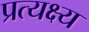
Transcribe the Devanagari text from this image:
प्रत्यक्ष्य